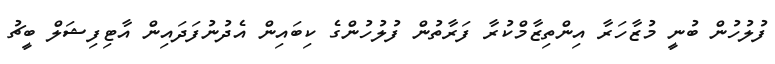
ފުލުހުން ބުނީ މުޒާހަރާ އިންތިޒާމްކުރާ ފަރާތުުން ފުލުހުންގެ ކިބައިން އެދުނުފަދައިން އާޓިފިޝަލް ބީޗު